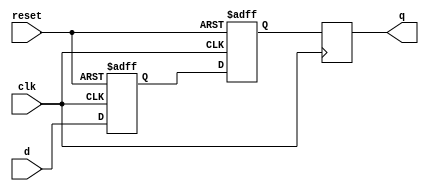
module dff_delay(
    input wire clk,
    input wire reset,
    input wire d,
    output reg q
);

// Timing Control and Synchronization blocks
wire d_sync;

// Synchronize input signal with clock signal
always @(posedge clk or posedge reset) begin
    if (reset) begin
        d_sync <= 1'b0;
    end else begin
        d_sync <= d;
    end
end

// Delay block
reg d_ff;
always @(posedge clk or posedge reset) begin
    if (reset) begin
        d_ff <= 1'b0;
    end else begin
        d_ff <= d_sync;
    end
end

always @(posedge clk) begin
    q <= d_ff;
end

endmodule